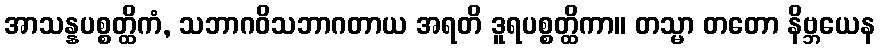
အာသန္နပစ္စတ္ထိကံ, သဘာဂဝိသဘာဂတာယ အရတိ ဒူရပစ္စတ္ထိကာ။ တသ္မာ တတော နိဗ္ဘယေန